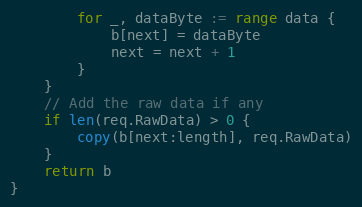
Language: Go
		for _, dataByte := range data {
			b[next] = dataByte
			next = next + 1
		}
	}
	// Add the raw data if any
	if len(req.RawData) > 0 {
		copy(b[next:length], req.RawData)
	}
	return b
}